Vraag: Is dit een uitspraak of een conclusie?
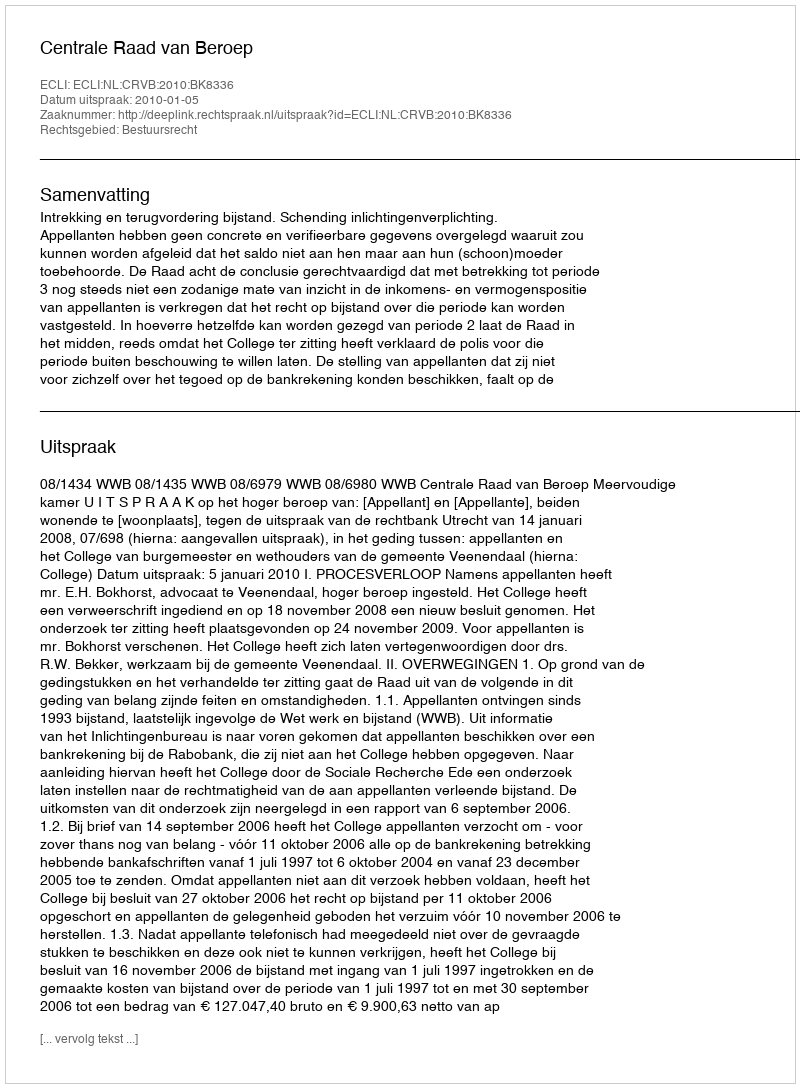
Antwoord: Uitspraak